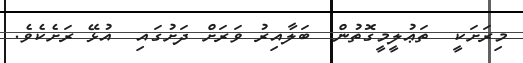
މިރަށަކީ  ތަޢުލީމީގޮތުން  ބަލާއިރު ވަރަށް ދަށުގައި  އުޅޭ ރަށެކެވެ.